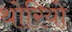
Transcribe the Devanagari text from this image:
थोरियो